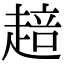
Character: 䞳